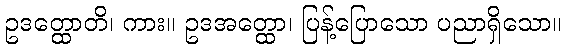
ဥဒတ္ထောတိ၊ ကား။ ဥဒအတ္ထော၊ ပြန့်ပြောသော ပညာရှိသော။